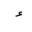
Letter: _hamza